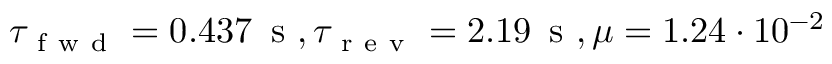
\tau _ { \mathrm { ~ f ~ w ~ d ~ } } = 0 . 4 3 7 \, \mathrm { ~ s ~ } , \tau _ { \mathrm { ~ r ~ e ~ v ~ } } = 2 . 1 9 \, \mathrm { ~ s ~ } , \mu = 1 . 2 4 \cdot 1 0 ^ { - 2 }